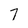
Character: 7